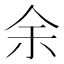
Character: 余